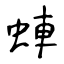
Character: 蛼